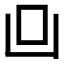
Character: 𠙼